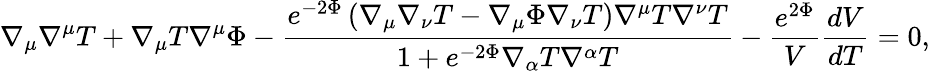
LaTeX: \nabla_{\mu}\nabla^{\mu}T+\nabla_{\mu}T\nabla^{\mu}\Phi-\frac{e^{-2\Phi}\left(\nabla_{\mu}\nabla_{\nu}T-\nabla_{\mu}\Phi\nabla_{\nu}T\right)\nabla^{\mu}T\nabla^{\nu}T}{1+e^{-2\Phi}\nabla_{\alpha}T\nabla^{\alpha}T}-\frac{e^{2\Phi}}{V}\frac{dV}{dT}=0,